Regulations for the medical services of the Army of India
Year: 1930
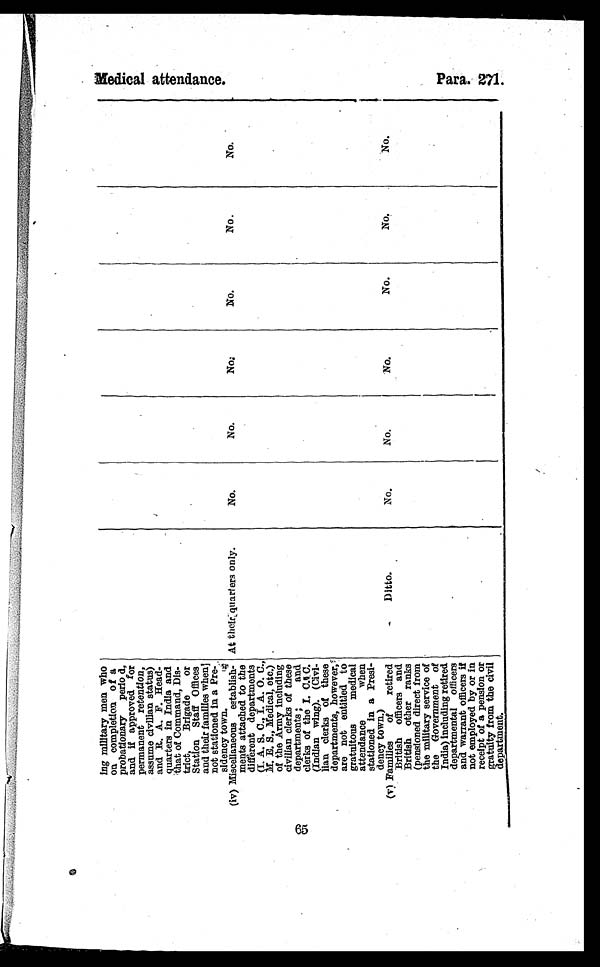
65
ing military men who
on completion of a
probationary perio d,
and if approved for
permanent retention,
assume civilian status)
and B.. A. F. Head-
quarters in India and
that of Command, Dis-
trict, Brigade or
Station Staff Offices
and their families when]
not stationed in a Pre-
sidency town.
(iv) Miscellaneous establish-
ments attached to the
different departments
(I. A. S. C., I. A. O. C.,
M. E. S. Medical, etc.)
of the Army including
civilian clerks of these
departments ; and
clerks of the I. C. C.
(Indian wing). (Civi-
lian clerks of these
departments, however,
are not entitled to
gratuitous medical
attendance when
stationed in a Presi-
dency town.)
At their quarters only.
No.
No.
N o .
No.
No.
No.
(v) Families of retired
British officers and
British other ranks
(pensioned direct from
the military service of
the Government of
India) including retired
departmental officers
and warrant officers if
not employed by or in
receipt of a pension or
gratuity from the civil
department.
Ditto.
No.
No.
No.
No.
No.
No.
Me d i c a l a t t e n d a n c e .
Para, 271.